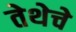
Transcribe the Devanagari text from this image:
तेथेचे